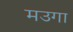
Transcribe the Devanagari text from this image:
मउगा